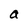
Character: a